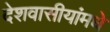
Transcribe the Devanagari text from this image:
देशवासीयांमधे